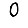
Digit: 0